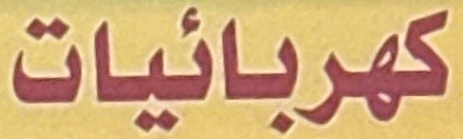
كهربائيات